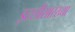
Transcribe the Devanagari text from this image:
इटलीसारख्या